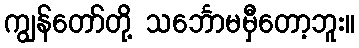
ကျွန်တော်တို့ သင်္ဘောမမှီတော့ဘူး။